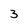
Character: 3